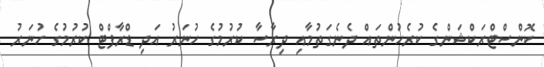
ކޮންސްޓްރަކްޝަންގެ ކުރެހުންތައް ދެނެގަތުމާއި ދިރާސާ ކުރުމުގެ ހުނަރު އަދި ޑްރާފްޓް ކުރުމުގެ ހުނަރު